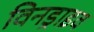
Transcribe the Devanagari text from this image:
विनड्राइव